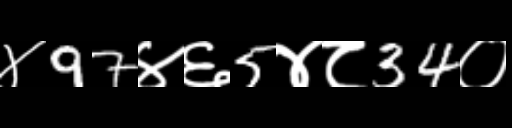
Text: ४97४६5४८34०